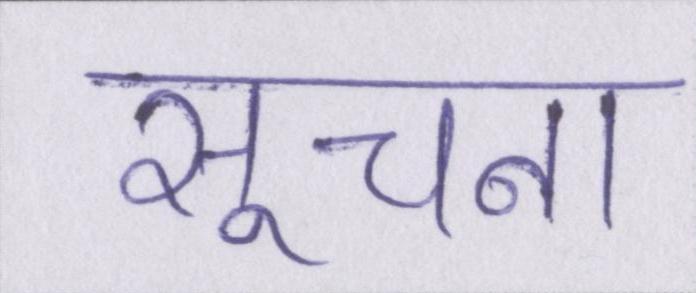
सूचना